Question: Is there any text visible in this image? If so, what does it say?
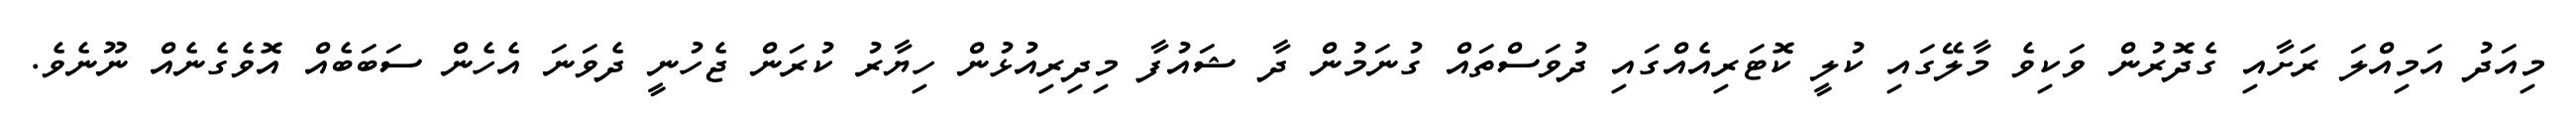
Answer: މިއަދު އަމިއްލަ ރަށާއި ގެދޮރުން ވަކިވެ މާލޭގައި ކުލީ ކޮޓަރިއެއްގައި ދުވަސްތައް ގުނަމުން ދާ ޝައުފާ މިދިރިއުޅުން ހިޔާރު ކުރަން ޖެހުނީ ދެވަނަ އެހެން ސަބަބެއް އޮވެގެނެއް ނޫނެވެ.